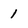
Character: 1